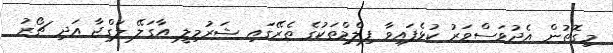
މިގޮތުން އެދުވަސްވަރު ކުޅެފައިވާ ފިލްމްތަކުގެ ތެރޭގައި ޝަރުމިލީ އާގަލޭ ލަގްޖާ އަދި ޗޯރު